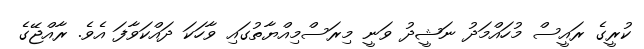
ކުރީގެ ރައީސް މުހައްމަދު ނަޝީދު ވަނީ މިރަސްމިއްޔާތުގައި ވާހަކަ ދައްކަވާފަ އެވެ. ރާއްޖޭގެ